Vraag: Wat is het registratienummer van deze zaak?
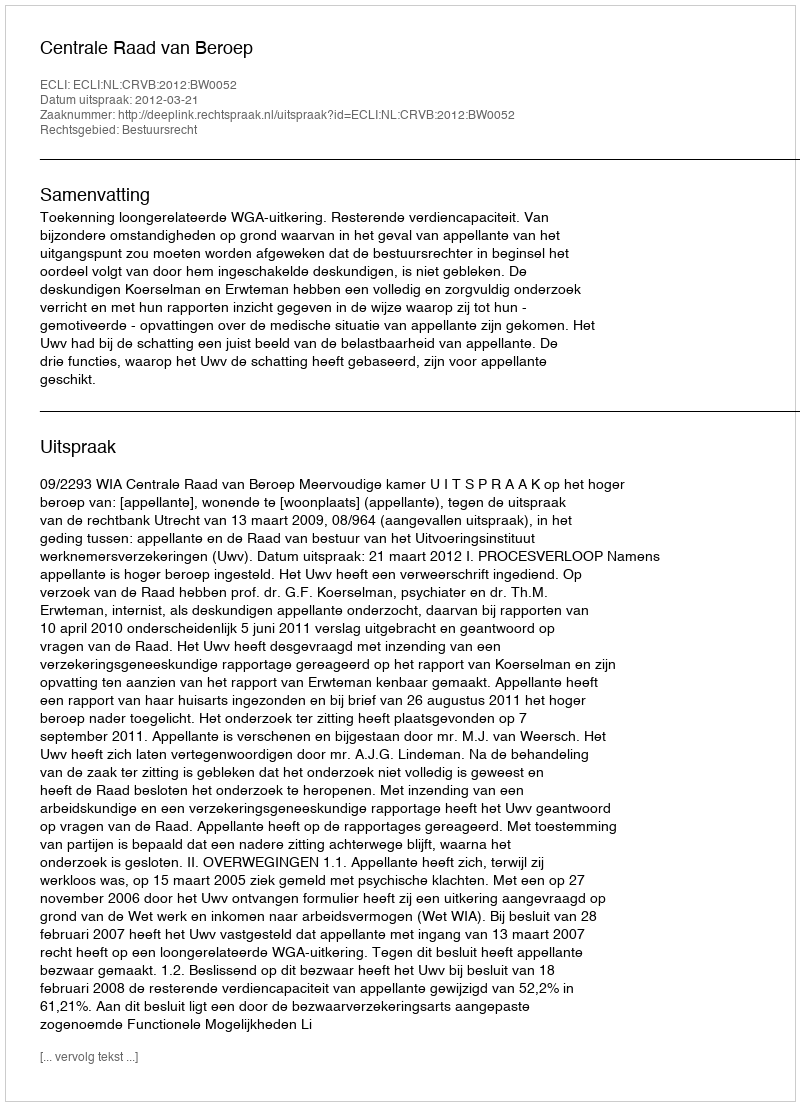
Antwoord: http://deeplink.rechtspraak.nl/uitspraak?id=ECLI:NL:CRVB:2012:BW0052